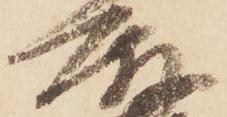
殿